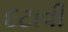
દટાવી